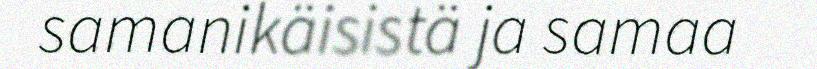
samanikäisistä ja samaa